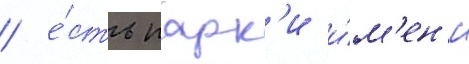
/ е́сть парк'и и́м'ен'и